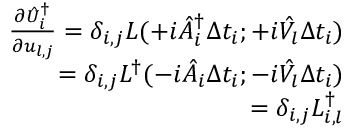
\begin{array} { r } { \frac { \partial \hat { U } _ { i } ^ { \dagger } } { \partial { u } _ { l , j } } = \delta _ { i , j } L ( + i \hat { A } _ { i } ^ { \dagger } \Delta t _ { i } ; + i \hat { V _ { l } } \Delta t _ { i } ) } \\ { = \delta _ { i , j } L ^ { \dagger } ( - i \hat { A } _ { i } \Delta t _ { i } ; - i \hat { V _ { l } } \Delta t _ { i } ) } \\ { = \delta _ { i , j } L _ { i , l } ^ { \dagger } } \end{array}